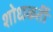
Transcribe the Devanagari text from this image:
शोधकर्ती